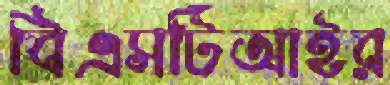
বিএসটিআইর